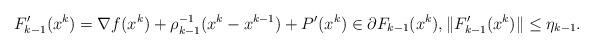
LaTeX: \begin{align*} F'_{k-1}(x^k)=\nabla f(x^k)+\rho_{k-1}^{-1}(x^k-x^{k-1})+P'(x^k) \in \partial F_{k-1}(x^k), \|F'_{k-1}(x^k)\|\leq\eta_{k-1}.\end{align*}